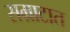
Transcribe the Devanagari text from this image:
सम्राटात